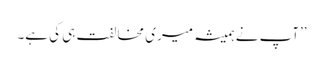
’’آپ نے ہمیشہ میری مخالفت ہی کی ہے۔